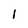
Character: 1